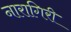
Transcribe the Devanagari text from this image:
नारागिरी